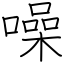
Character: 噪